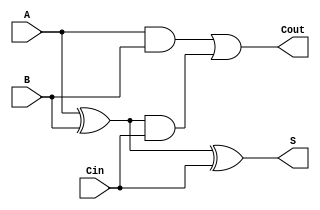
module CarryLookaheadFullAdder (
    input wire A,      // First binary input
    input wire B,      // Second binary input
    input wire Cin,    // Carry-in input
    output wire S,     // Sum output
    output wire Cout    // Carry-out output
);

// Internal signals for Generate and Propagate
wire G;  // Generate signal
wire P;  // Propagate signal
wire C1; // Intermediate carry (unused in this single adder)

// Generate signal: G = A AND B
assign G = A & B;

// Propagate signal: P = A XOR B
assign P = A ^ B;

// Carry-out: Cout = G OR (P AND Cin)
assign Cout = G | (P & Cin);

// Sum: S = P XOR Cin
assign S = P ^ Cin;

endmodule